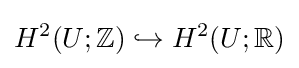
H^{2}(U;\mathbb {Z} )\hookrightarrow H^{2}(U;\mathbb {R} )